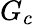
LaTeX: G_{c}